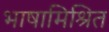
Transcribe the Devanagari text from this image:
भाषामिश्रित